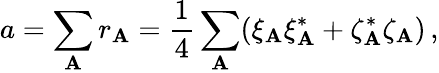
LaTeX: a=\sum_{\mathbf{A}}r_{\mathbf{A}}={\frac{{1}}{{4}}}\sum_{\mathbf{A}}(\xi_{\mathbf{A}}\xi_{\mathbf{A}}^{*}+\zeta_{\mathbf{A}}^{*}\zeta_{\mathbf{A}})\, ,